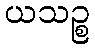
ယသဉ္စ